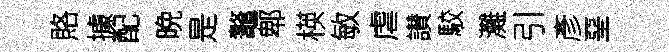
賂據配晩是鼇郫楧敏虐讃駮灘引彥堊